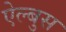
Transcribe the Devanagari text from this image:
ऐल्बुस